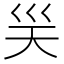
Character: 𭗽